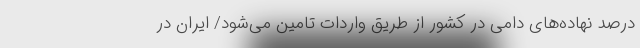
درصد نهاده‌های دامی در کشور از طریق واردات تامین می‌شود/ ایران در